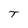
Character: T